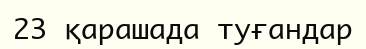
23 қарашада туғандар